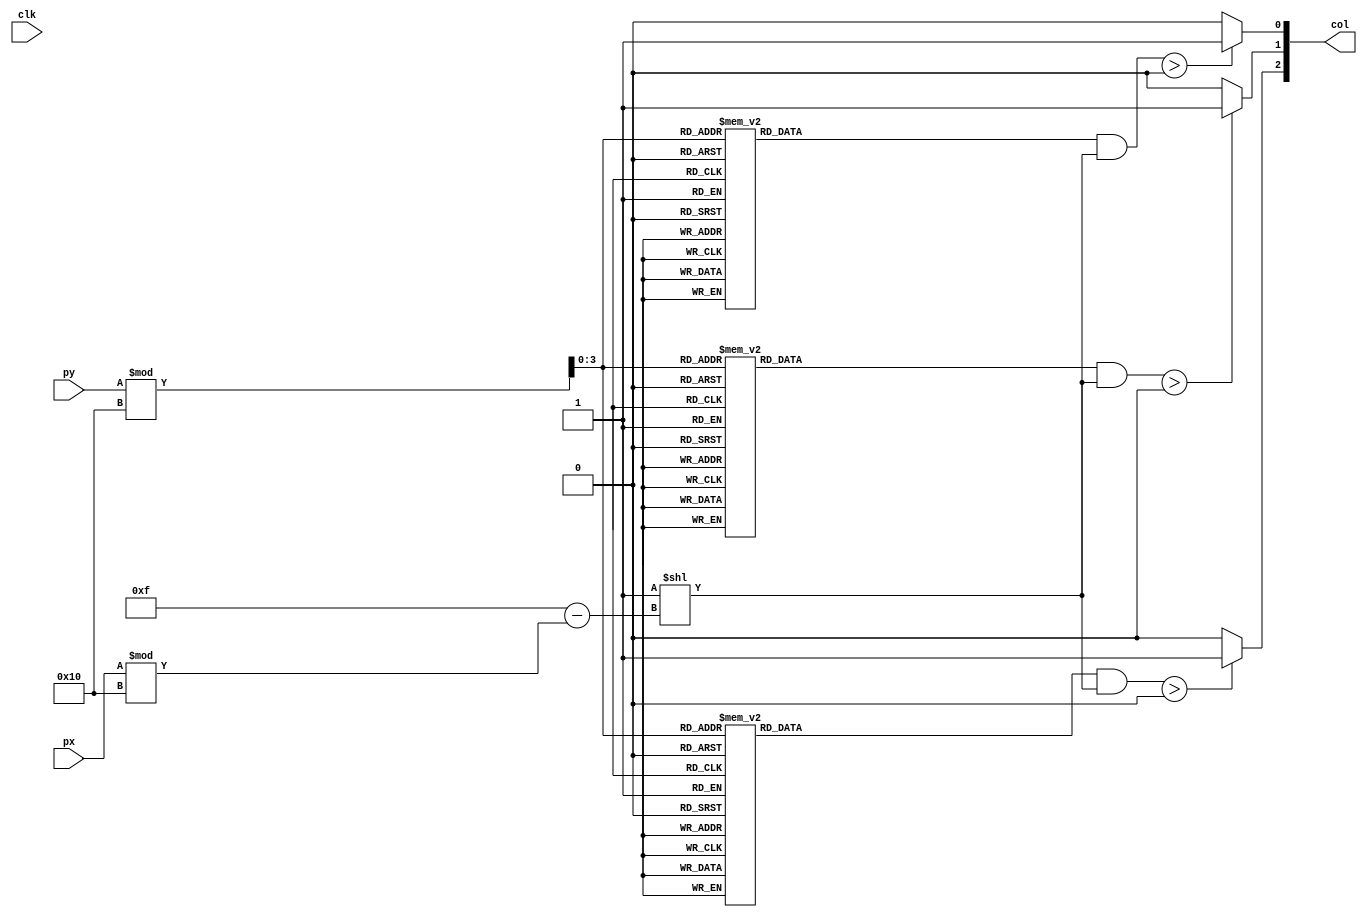
`timescale 1ns / 1ps
//////////////////////////////////////////////////////////////////////////////////
// Company: 
// Engineer: 
// 
// Design Name: 
// Module Name:    bombmask 
// Project Name: 
// Target Devices: 
// Tool versions: 
// Description: 
//
// Dependencies: 
//
// Revision: 
// Revision 0.01 - File Created
// Additional Comments: 
//
//////////////////////////////////////////////////////////////////////////////////
module bombmask(
	input wire clk,
	input wire [9:0] px, py,
	output wire [2:0] col
);
	reg [0:15] green [0:15];
	reg [0:15] blue [0:15];
	reg [0:15] red [0:15];
	initial begin
      green[15] = 16'b0000000000000000;
      green[14] = 16'b0000000000000000;
      green[13] = 16'b0000000000000000;
      green[12] = 16'b0000000000000000;
      green[11] = 16'b0000000000000000;
      green[10] = 16'b0000000000000000;
      green[9]  = 16'b0000000000000000;
      green[8]  = 16'b0000000000000000;
      green[7]  = 16'b0000100000000000;
      green[6]  = 16'b0000100000000000;
      green[5]  = 16'b0000011000000000;
      green[4]  = 16'b0000001100000000;
      green[3]  = 16'b0000000000000000;
      green[2]  = 16'b0000000000000000;
      green[1]  = 16'b0000000000000000;
      green[0]  = 16'b0000000000000000;
		
		
		
		blue[15] = 16'b0000000000000000;
      blue[14] = 16'b0000000000000000;
      blue[13] = 16'b0000000000000000;
      blue[12] = 16'b0000000000000000;
      blue[11] = 16'b0000000000000000;
      blue[10] = 16'b0000000000000000;
      blue[9]  = 16'b0000000000000000;
      blue[8]  = 16'b0000000000000000;
      blue[7]  = 16'b0000100000000000;
      blue[6]  = 16'b0000100000000000;
      blue[5]  = 16'b0000011000000000;
      blue[4]  = 16'b0000001100000000;
      blue[3]  = 16'b0000000000000000;
      blue[2]  = 16'b0000000000000000;
      blue[1]  = 16'b0000000000000000;
      blue[0]  = 16'b0000000000000000;
		
		red[15] = 16'b0000001111000000;
      red[14] = 16'b0000110000110000;
      red[13] = 16'b0011100000011100;
      red[12] = 16'b0010000000000100;
      red[11] = 16'b0110000000000110;
      red[10] = 16'b0100000000000010;
      red[9]  = 16'b1000000000000001;
      red[8]  = 16'b1000000000000001;
      red[7]  = 16'b1000100000000001;
      red[6]  = 16'b1000100000000001;
      red[5]  = 16'b0100011000000010;
      red[4]  = 16'b0110001100000110;
      red[3]  = 16'b0010000000000100;
      red[2]  = 16'b0011100000011100;
      red[1]  = 16'b0000110000110000;
      red[0]  = 16'b0000001111000000;
	end
	assign col[2] = (green[py%16] & (1<<(15-px%16)))>0 ? 1 : 0;
	assign col[1] = (blue[py%16] & (1<<(15-px%16)))>0 ? 1 : 0;
	assign col[0] = (red[py%16] & (1<<(15-px%16)))>0 ? 1 : 0;
endmodule